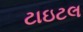
ટાઇટલ